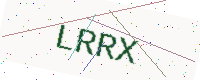
Text: LRRX